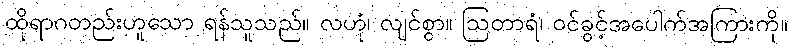
ထိုရာဂတည်းဟူသော ရန်သူသည်။ လဟုံ၊ လျင်စွာ။ ဩတာရံ၊ ဝင်ခွင့်အပေါက်အကြားကို။